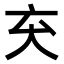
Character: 𫝅